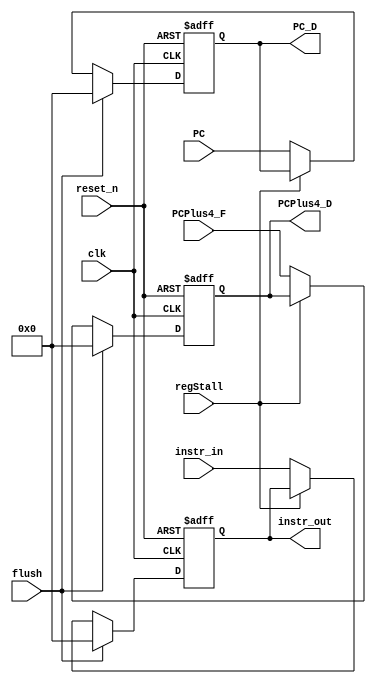
module reg_block_1(
input clk,
input reset_n,
input flush, // clear
input [31:0] instr_in,
output reg [31:0] instr_out,
input [31:0] PCPlus4_F,
output reg [31:0] PCPlus4_D,

input [31:0] PC,
output reg [31:0] PC_D,

input regStall
);
// asynchronous reset
always @ (posedge clk, negedge reset_n)
if (!reset_n) begin
instr_out <= 32'b0;
PCPlus4_D <= 32'b0;
PC_D <= 32'b0;
end
else if (flush) 
begin
instr_out <= 32'b0;
PCPlus4_D <= 32'b0;
PC_D <= 32'b0;
end
else if(!regStall) // we need to stall when we load from dmem becuase that cause 1 cycle latency 
begin
instr_out <= instr_in;
PCPlus4_D <= PCPlus4_F;
PC_D <= PC;
end

endmodule